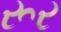
રૂર